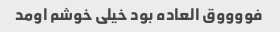
فووووق العاده بود خیلی خوشم اومد